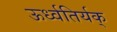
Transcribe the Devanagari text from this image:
ऊर्ध्वतिर्यक्‌